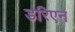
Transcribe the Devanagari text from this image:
डरिएन